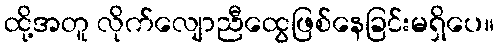
ထို့အတူ လိုက်လျောညီထွေဖြစ်နေခြင်းမရှိပေ။